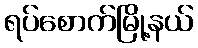
ရပ်စောက်မြို့နယ်